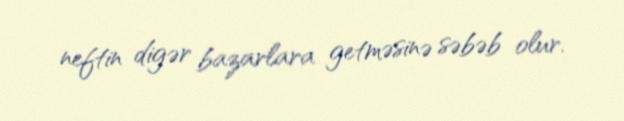
neftin digər bazarlara getməsinə səbəb olur.